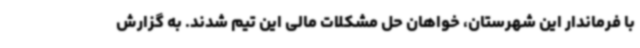
با فرماندار این شهرستان، خواهان حل مشکلات مالی این تیم شدند. به گزارش